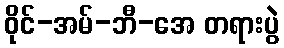
ဝိုင်-အမ်-ဘီ-အေ တရားပွဲ